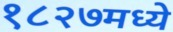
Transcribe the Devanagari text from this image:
१८२७मध्ये